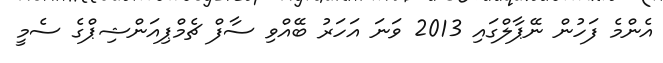
އެންމެ ފަހުން ނޭޕާލްގައި 2013 ވަނަ އަހަރު ބޭއްވި ސާފް ޗެމްޕިއަންޝިޕްގެ ސެމީ